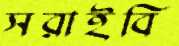
সরাইবি